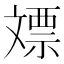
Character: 𣁡